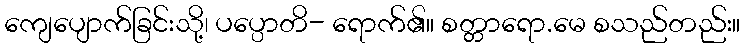
ကျေပျောက်ခြင်းသို့၊ ပပ္ပောတိ- ရောက်၏။ စတ္တာရော.မေ စသည်တည်း။